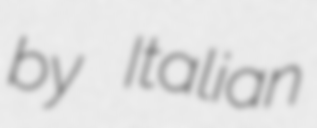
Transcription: by Italian